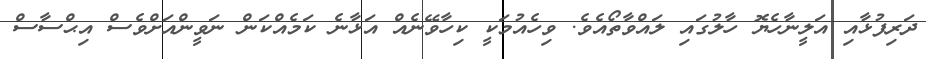
ދަރިފުޅާއި އަލީނާހެޔޮ ހާލުގައި ލައްވާތޯއެވެ. ވިހެއުމަކީ ކިހާވޭނެއް އަޅާނެ ކަމެއްކަން ނަވީންއަށްވެސް އިޙްސާސް